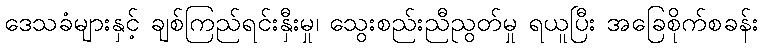
ဒေသခံများနှင့် ချစ်ကြည်ရင်းနှီးမှု၊ သွေးစည်းညီညွတ်မှု ရယူပြီး အခြေစိုက်စခန်း